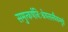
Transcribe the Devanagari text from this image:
समुत्कर्षनिःश्रेयसस्यैकमुग्रं